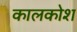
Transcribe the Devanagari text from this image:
कालकोश